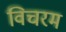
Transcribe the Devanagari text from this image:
विचरम